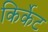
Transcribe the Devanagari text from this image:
किर्केट